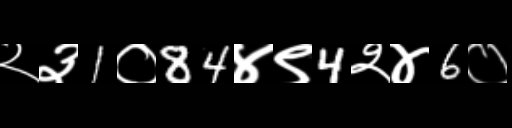
Text: २३1०84४९4२४6०